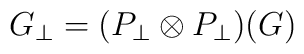
G_{\perp} = (P_{\perp} \otimes P_{\perp})(G)